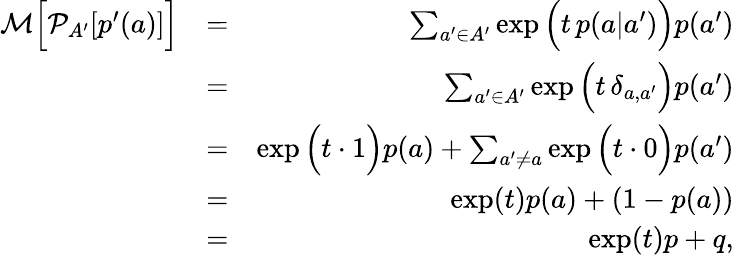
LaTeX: \begin{array}{rlr}{\mathcal{M}\Big[\mathcal{P}_{A^{\prime}}[p^{\prime}(a)]\Big]}&{=}&{\sum_{a^{\prime}\in A^{\prime}}\exp\Big(t\, p(a|a^{\prime})\Big)p(a^{\prime})}\\ &{=}&{\sum_{a^{\prime}\in A^{\prime}}\exp\Big(t\, \delta_{a,a^{\prime}}\Big)p(a^{\prime})}\\ &{=}&{\exp\Big(t\cdot 1\Big)p(a)+\sum_{a^{\prime}\neq a}\exp\Big(t\cdot 0\Big)p(a^{\prime})}\\ &{=}&{\exp(t)p(a)+(1-p(a))}\\ &{=}&{\exp(t)p+q,}\end{array}